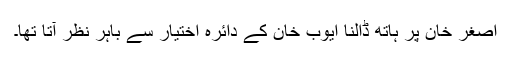
اصغر خان پر ہاتھ ڈالنا ایوب خان کے دائرہ اختیار سے باہر نظر آتا تھا۔